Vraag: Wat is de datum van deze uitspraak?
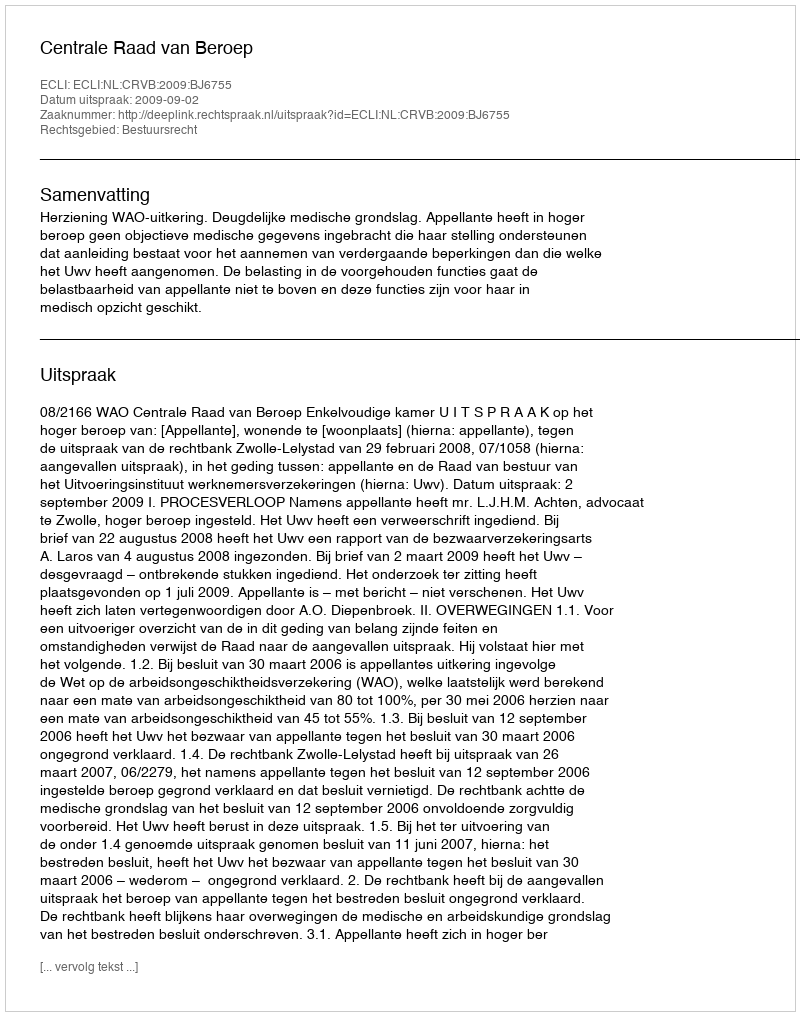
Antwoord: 2009-09-02